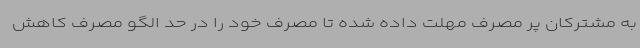
به مشترکان پر مصرف مهلت داده شده تا مصرف خود را در حد الگو مصرف کاهش